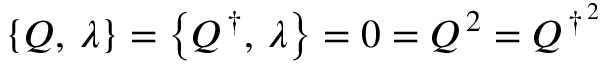
\left\{ Q , \, \lambda \right\} = \left\{ Q ^ { \, \dagger } , \, \lambda \right\} = 0 = Q ^ { \, 2 } = Q ^ { \, \dagger ^ { \, 2 } }